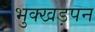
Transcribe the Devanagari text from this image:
भुक्खड़पन